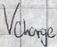
Text: Vcharge